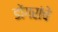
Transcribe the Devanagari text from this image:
डोंगरांचे